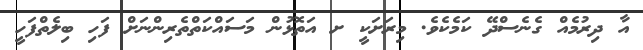
އާ ދިރުމެއް ގެނެސްދޭ ކަމެކެވެ. މިރަށަކީ ށ އަތޮޅުން މަސައްކަތްތެރިންނަށް ފަހި ބިލެތްފަހީ